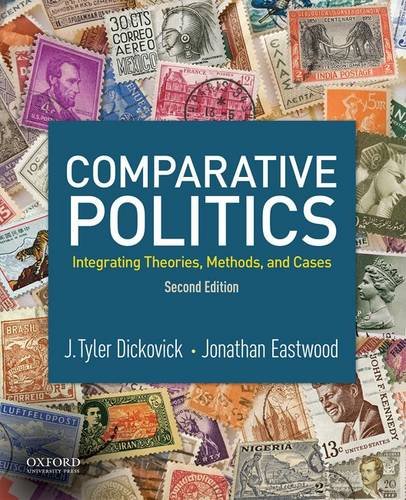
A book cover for Comparative Politics: Integrating Theories, Methods, and Cases; J. Tyler Dickovick; Law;